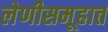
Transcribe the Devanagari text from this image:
लेणीसमूहात